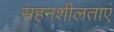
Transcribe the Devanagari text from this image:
सहनशीलताएं